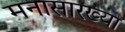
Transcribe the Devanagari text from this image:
मनासारख्या